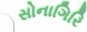
સોનાગિરિ